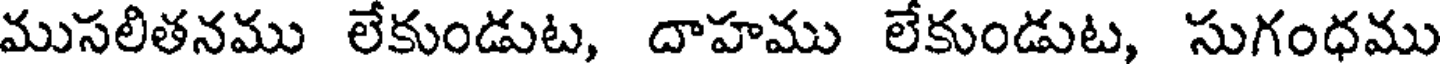
ముసలితనము లేకుండుట, దాహము లేకుండుట, సుగంధము